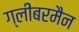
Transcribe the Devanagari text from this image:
ग्लीबरमैन